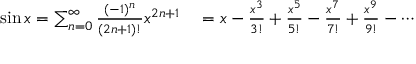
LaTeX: \begin{array} { r l } { \sin x = \sum _ { n = 0 } ^ { \infty } { \frac { ( - 1 ) ^ { n } } { ( 2 n + 1 ) ! } } x ^ { 2 n + 1 } } & { { } = x - { \frac { x ^ { 3 } } { 3 ! } } + { \frac { x ^ { 5 } } { 5 ! } } - { \frac { x ^ { 7 } } { 7 ! } } + { \frac { x ^ { 9 } } { 9 ! } } - \cdots } \end{array}